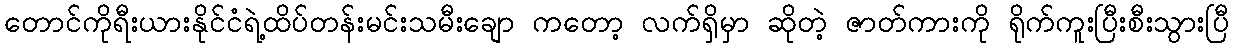
တောင်ကိုရီးယားနိုင်ငံရဲ့ထိပ်တန်းမင်းသမီးချော ကတော့ လက်ရှိမှာ ဆိုတဲ့ ဇာတ်ကားကို ရိုက်ကူးပြီးစီးသွားပြီ